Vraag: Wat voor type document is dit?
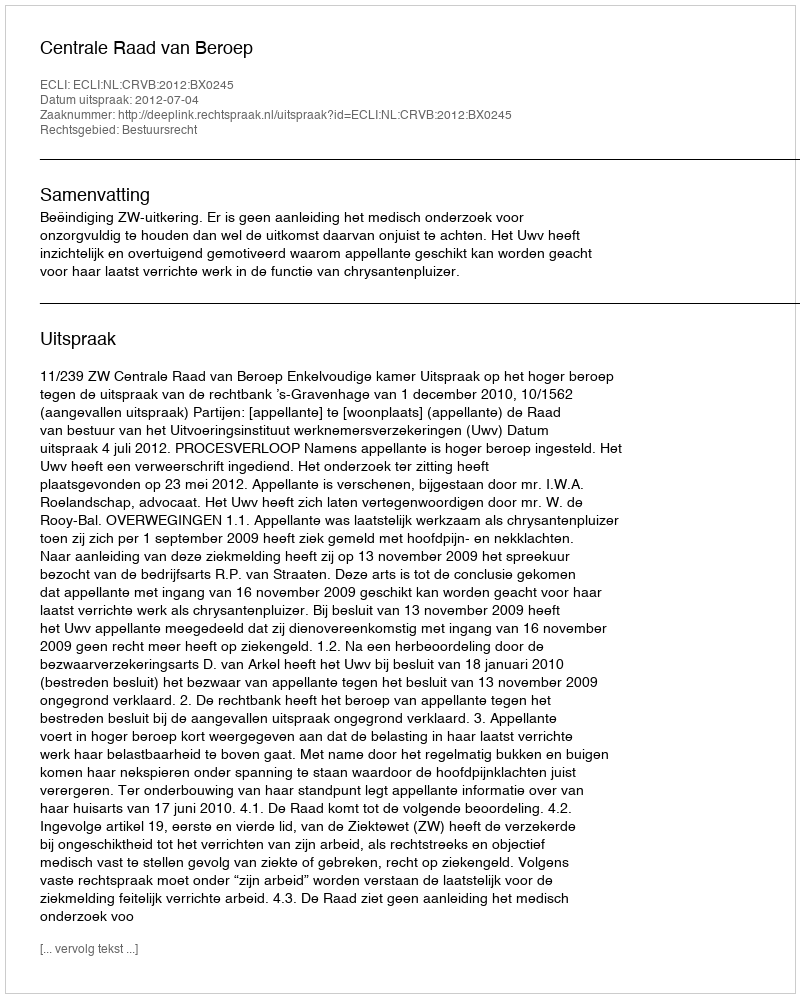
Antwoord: Uitspraak